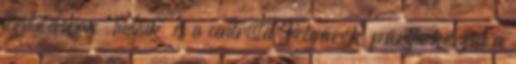
fordításban “Tudjuk” és a centrista “Polgárok” pártja készül a